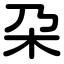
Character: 朶